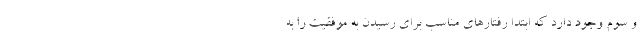
و سوم وجود دارد که ابتدا رفتارهای مناسب برای رسیدن به موفقیت را به